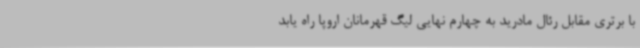
با برتری مقابل رئال مادرید به چهارم نهایی لیگ قهرمانان اروپا راه یابد